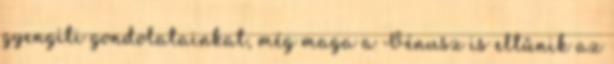
gyengíti gondolatainkat, még maga a Vénusz is eltűnik az